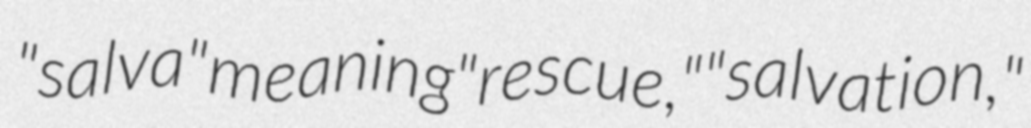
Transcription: "salva" meaning "rescue," "salvation,"